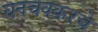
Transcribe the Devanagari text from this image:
घनचक्करचे